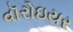
વૉરોઇયર